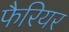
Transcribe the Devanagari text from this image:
फैरियर